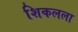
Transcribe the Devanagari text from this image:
शिकलला